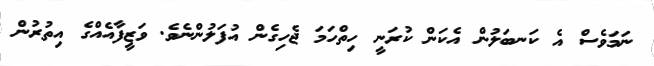
ނަމަވެސް އެ ކަނބަލުން އެކަން ކުރަނީ ހިތްހަމަ ޖެހިގެން އުފަލުންނެވެ. ވަޒީފާއެއްގެ އިތުރުން